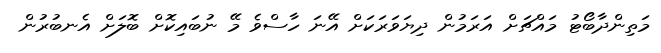
މަތިންދާބޯޓު މައްޗަށް އަރަމުން ދިޔަވަރަކަށް އޭނަ ހާސްވެ މޭ ނުބައިކޮށް ބޮލަށް އެނބުރުން